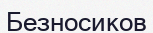
Безносиков